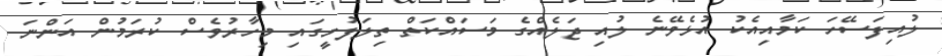
ލުއިފަސޭހަ ކަމާއިއެކު އުޅެވޭނެ ލުއި ޖަލެއްގެ މަސައްކަތް ތިލަފުށީގައި މިހާރުވެސް ކުރަމުން އަންނަ